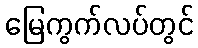
မြေကွက်လပ်တွင်